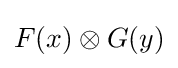
F(x)\otimes G(y)